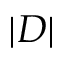
| D |